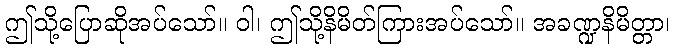
ဤသို့ပြောဆိုအပ်သော်။ ဝါ၊ ဤသို့နိမိတ်ကြားအပ်သော်။ အခဏ္ဍနိမိတ္တာ၊